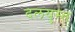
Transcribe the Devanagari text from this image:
दलयुस्त